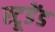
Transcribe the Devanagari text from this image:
स्टूडेंड